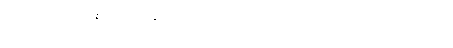
ဆက်၍ဆိုအံ့။ ဧတ္ထ၊ ဤနှစ်ပါးသော ဘဝတို့တွင်။ ဥပပတ္တိ၊ သည်။ ဘဝတိ၊